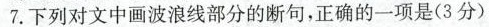
7.下列对文中画波浪线部分的断句，正确的一项是(3分)